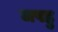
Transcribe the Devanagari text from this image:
जपहु